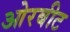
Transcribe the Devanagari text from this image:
ओरबीट